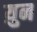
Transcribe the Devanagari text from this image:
य़ुन